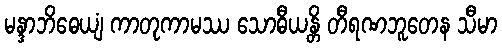
မန္ဒာဘိဓေယျံ ကာတုကာမဿ သောဓီယန္တိ တီရဏဘူတေန သီမာ